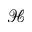
\mathcal { H }